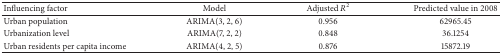
| Influencing factor | Model | Adjusted R2 | Predicted value in 2008 |
 | --- | --- | --- | --- |
 | Urban population | ARIMA(3, 2, 6) | 0.956 | 62965.45 |
 | Urbanization level | ARIMA(7, 2, 2) | 0.848 | 36.1254 |
 | Urban residents per capita income | ARIMA(4, 2, 5) | 0.876 | 15872.19 |